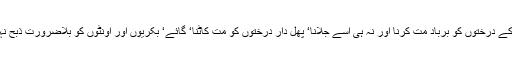
کھجور کے درختوں کو برباد مت کرنا اور نہ ہی اسے جلانا‘ پھل دار درختوں کو مت کاٹنا‘ گائے‘ بکریوں اور اونٹوں کو بلاضرورت ذبح نہیں کرنا۔